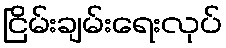
ငြိမ်းချမ်းရေးလုပ်